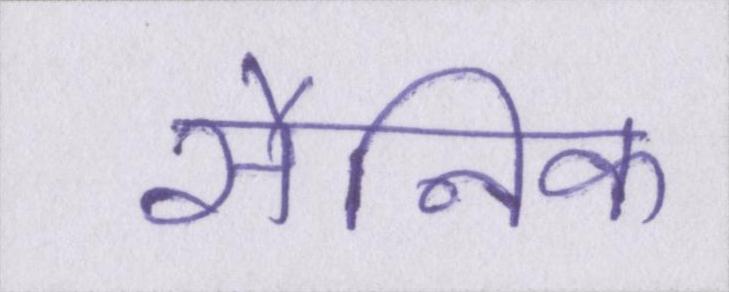
सैनिक